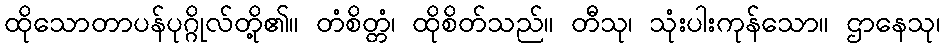
ထိုသောတာပန်ပုဂ္ဂိုလ်တို့၏။ တံစိတ္တံ၊ ထိုစိတ်သည်။ တီသု၊ သုံးပါးကုန်သော။ ဌာနေသု၊